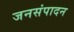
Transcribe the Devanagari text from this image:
जनसंपादन